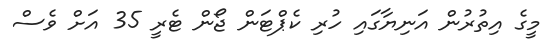
މީގެ އިތުރުން އަނިޔާގައި ހުރި ކެޕްޓަން ޖޯން ޓެރީ 35 އަށް ވެސް